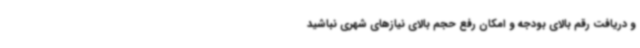
و دریافت رقم بالای بودجه و امکان رفع حجم بالای نیازهای شهری نباشید